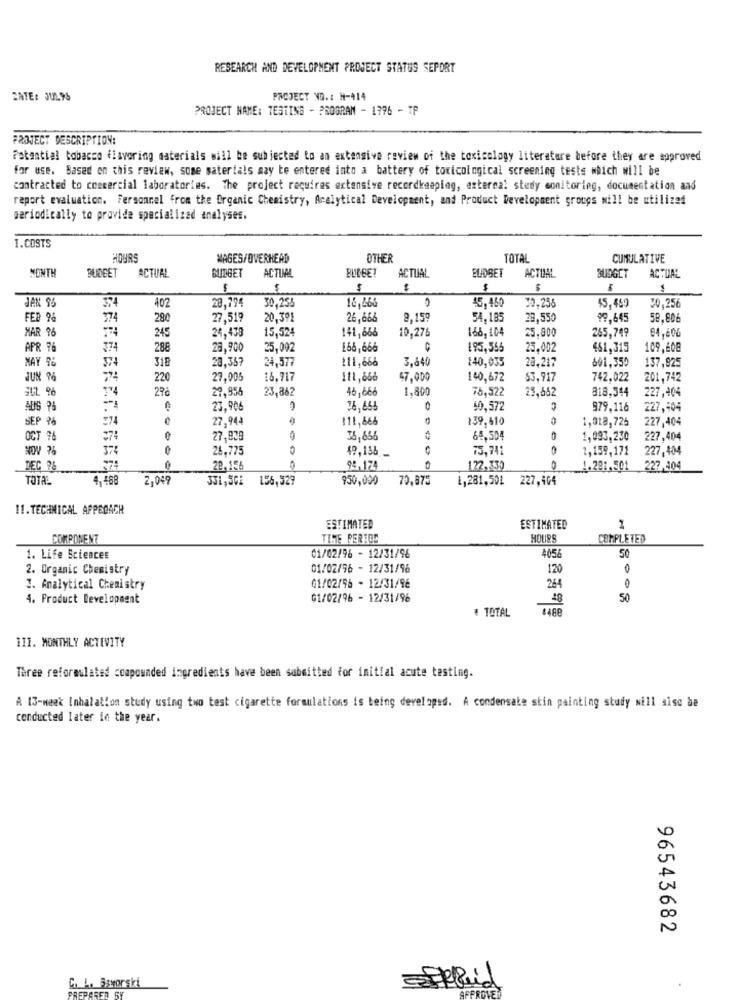
RESEARCH AND DEVELOPMENT PROJECT STATUS SEPORT
ZATE: 311.9%
PROJECT NO .: H-414
PROJECT NAME: TESTING - PROGRAM - 1796 - 7P
PROJECT DESCRIPTION:
Potential tobacco flavoring materials will be subjected to an extensive review of the toxicology literature before they are approved
for use. Based on this review, some materials may be entered into a battery of toxicological screening tests which will be
contracted to ceecercial laboratories. the project requires extensive recordkeeping, external stedy monitoring, documentation and
raport evaluation. Personnel from the Organic Chemistry, Analytical Development, and Product Development groups will be utilized
periodically to provide specialized analyses.
I.COSTS
WAGES/OVERHEAD
OTHER
TOTA
CUMULATIVE
MONTH
BUDGET
ACTUAL
BUDGET
BULBE?
ACTUAL
ELADBET
ACTUAL
BUDGET
ACTUAL
ACTUAL
$
$
JAN 96
28.794
45,460
30,256
402
30,25₺
16,663
20,258
45.459
FEB 9%
374
280
27,519
20,392
26,666
2.159
54, 185
28,550
99,645
59,806
MAR 96
245
24,433
15,524
141,666
10.276
165,104
25.800
265,749
€4,606
APR 76
374
288
28,900
25,002
168,666
195,355
25,002
461,315
109,608
MAY 9%
318
20.367
24,577
111,666
3.640
140,035
28.217
601,350
137,925
JUN 96
220
27.005
16.717
111,666
47.000
140,672
$3,917
742,022
201,742
T'4
27ć
29,956
23,862
46,666
1,800
78,522
23,682
318.344
227,404
AUS 7%
23.906
36, 665
50,572
979.116
227,404
SEP 96
274
27,944
11,666
139,610
1,018,725
227,404
OCT 96
274
27,839
-
33,656
64,504
0
1,093,230
227,404
NOV 76
28.775
o
$9,136-
73,741
2,159,171
227,404
DEC 96 ...
20,156
98.174
122,339
1.201.501
227,404
TOTAL
4.468
2,049
331,501 156,529
950,000
70,875
1,281,501 227,404
11.TECHNICAL APPROACH
ESTIMATED
ESTIMATED
COMPONENT
TIME PERIOD
HOURS
COMPLETED
01/02/96 - 12/31/98
4056
1. Life Sciences
50
2. Organic Chemistry
01/02/96 - 12/31/96
120
0
264
0
I. Analytical Chemistry
01/02/96 - 12/31/96
4. Product Development
01/02/96 - 12/31/96
50
# TOTAL
III. MONTHLY ACTIVITY
Three reformulated compounded ingredients have been submitted for initial acute testing.
A 13-meek Inhalation study using two test cigarette formulations is being developed. A condensate stin painting study will sisc be
conducted later in the year.
iN
N
96543682
C. L. SaMorski
AFFRELED
PREPARED SY